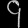
Digit: ၄